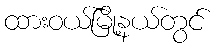
ထားဝယ်မြို့နယ်တွင်